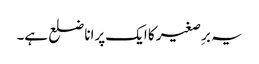
یہ برِصغیر کا ایک پرانا ضلع ہے۔